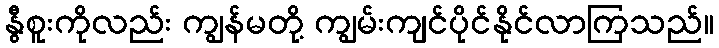
နွီစူးကိုလည်း ကျွန်မတို့ ကျွမ်းကျင်ပိုင်နိုင်လာကြသည်။